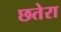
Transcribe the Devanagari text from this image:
छतेरा